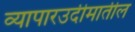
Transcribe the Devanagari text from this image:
व्यापारउदीमातील